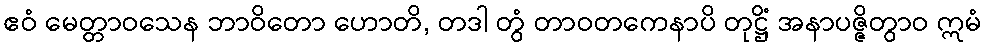
ဧဝံ မေတ္တာဝသေန ဘာဝိတော ဟောတိ, တဒါ တွံ တာဝတကေနာပိ တုဋ္ဌိံ အနာပဇ္ဇိတွာဝ ဣမံ